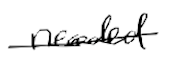
Text: needed
Cross-out: single-line
Writing tool: digital_black